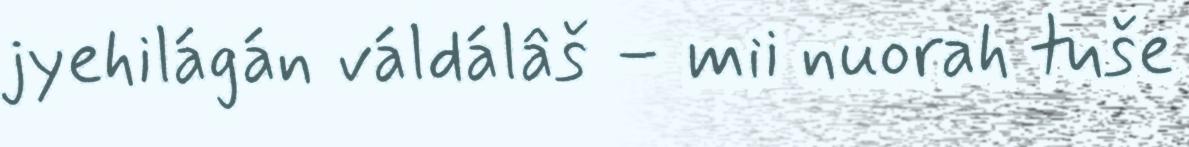
jyehilágán váldálâš – mii nuorah tuše